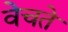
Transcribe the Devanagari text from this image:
वेचते